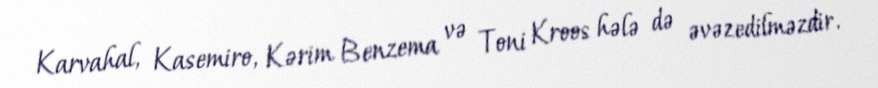
Karvahal, Kasemiro, Kərim Benzema və Toni Kroos hələ də əvəzedilməzdir.